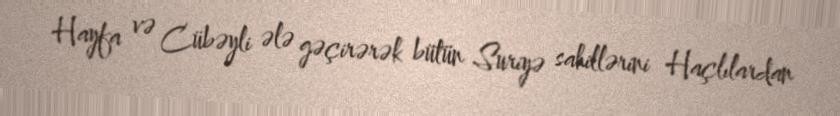
Hayfa və Cübəyli ələ gəçirərək bütün Suriyə sahillərini Haçlılardan